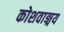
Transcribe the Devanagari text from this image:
कोशवाङ्मय